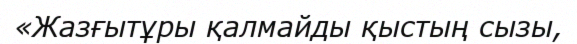
«Жазғытұры қалмайды қыстың сызы,